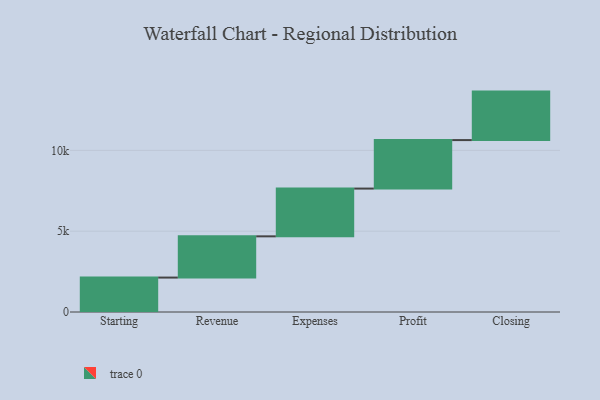
{"axis": {"x": "Step", "y": "Value"}, "legend": [""], "data": [{"x": "Starting", "y": 2130.0, "type": ""}, {"x": "Revenue", "y": 2551.0, "type": ""}, {"x": "Expenses", "y": 2955.0, "type": ""}, {"x": "Profit", "y": 3000, "type": ""}, {"x": "Closing", "y": 3000, "type": ""}]}